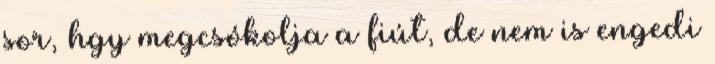
sor, hgy megcsókolja a fiút, de nem is engedi